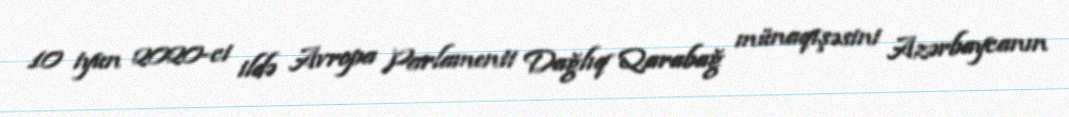
10 iyun 2020-ci ildə Avropa Parlamenti Dağlıq Qarabağ münaqişəsini Azərbaycanın